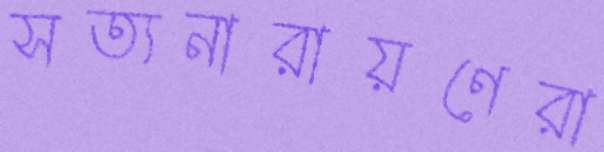
সত্যনারায়ণেরা